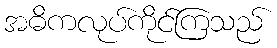
အဓိကလုပ်ကိုင်ကြသည်